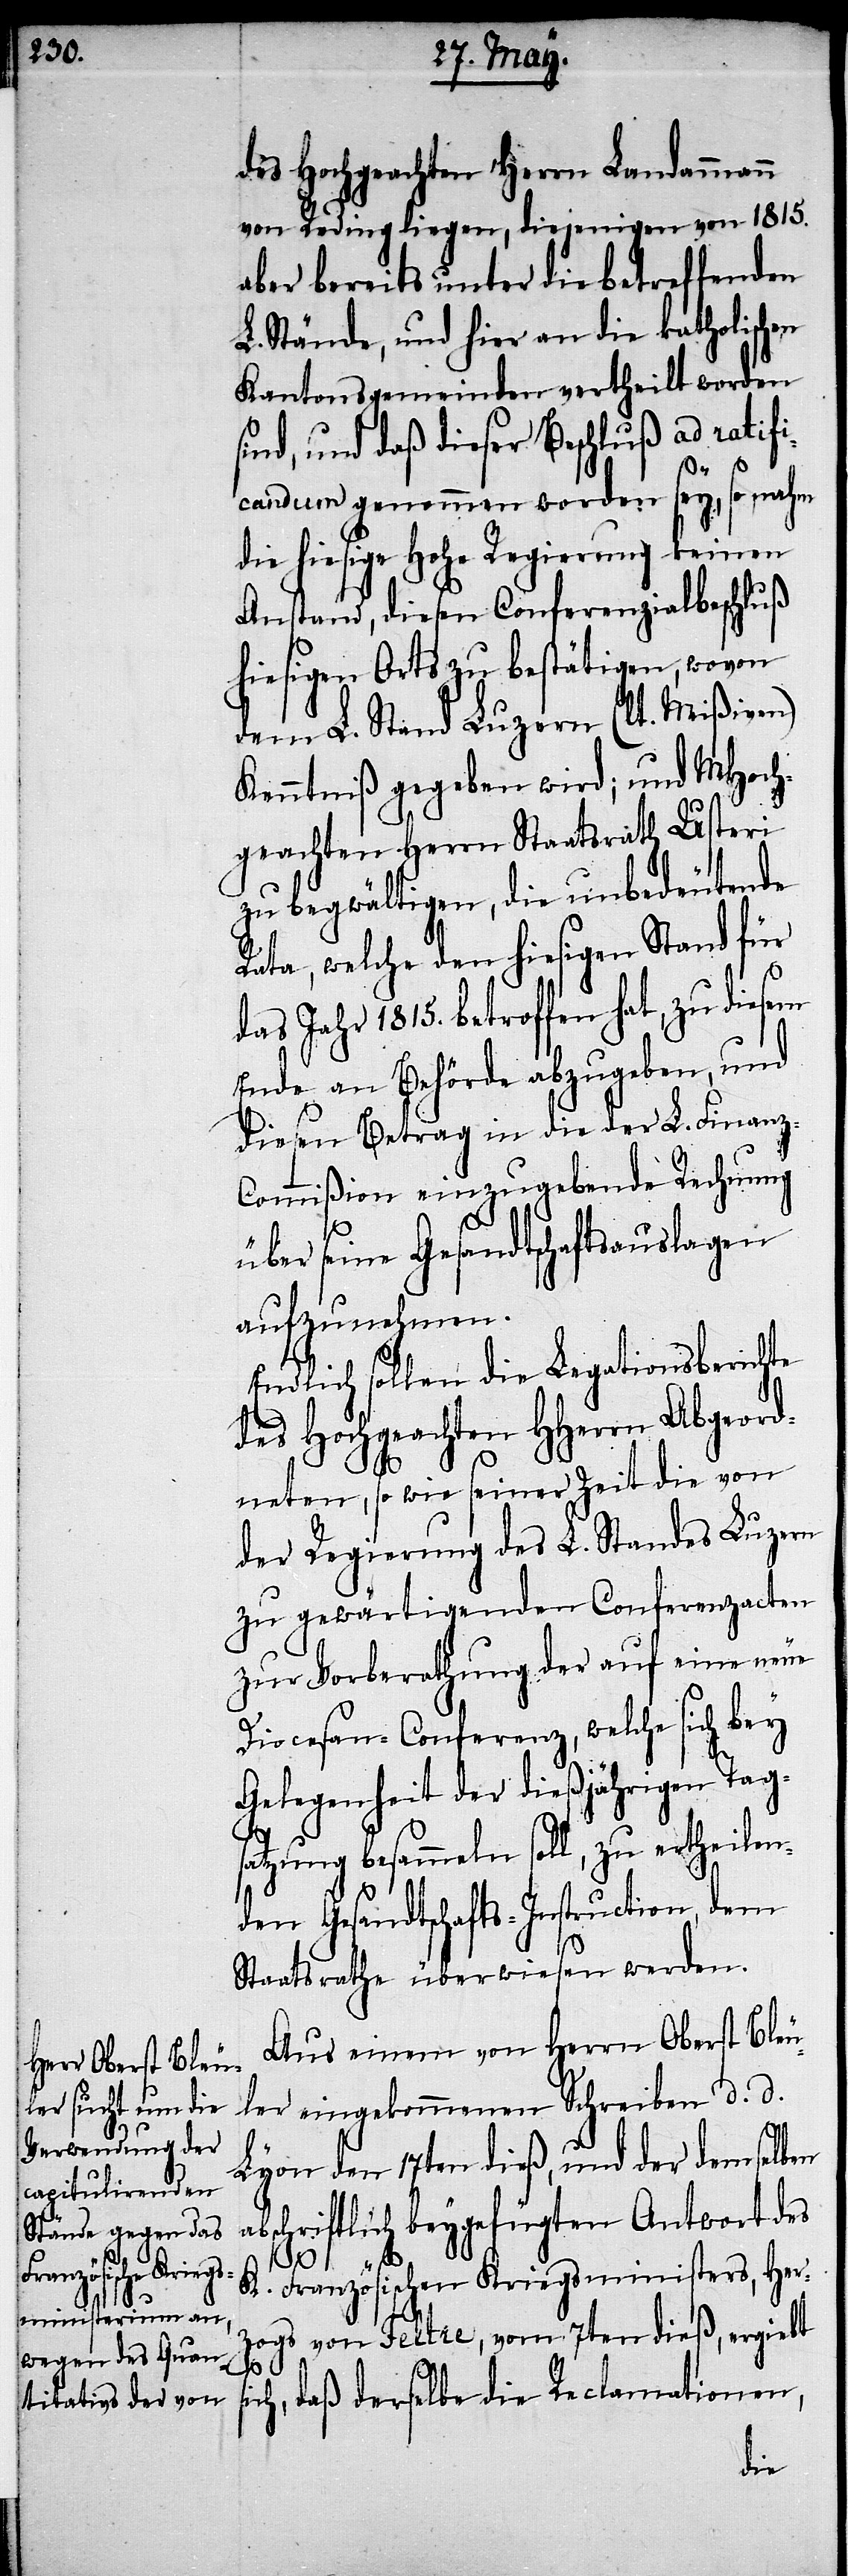
si¬

des Hochgeachten Herrn Landammann
von Reding liegen, diejenigen von 1815.
aber bereits unter die betreffenden
L. Stände, und hier an die katholischen
Kantonsgemeinden vertheilt worden
sind, und daß dieser Beschluß ad ratifi¬
candum genommen worden sey, so nahm
die hiesige Regierung keinen
Anstand, diesen Conferenzialbeschluß
hiesigen Orts zu bestätigen, wovon
dem L. Stand Luzern (lt. Mißiven)
Kenntniß gegeben wird; und MHoch¬
geachten Herrn Staatsrath Usteri
zu begwältigen, die unbedeutende
Rata, welche den hiesigen Stand für
das Jahr 1815. betroffen hat, zu diesem
Ende an Behörde abzugeben, und
diesen Betrag in die der L. Finanz¬
commißion einzugebende Rechnung
über seine Gesandtschaftsauslagen
aufzunehmen.
Endlich sollen die Legationsberichte
des Hochgeachten HHerrn Abgeord¬
neten, so wie seiner Zeit die von
der Regierung des L. Standes Luzern
zu gewärtigenden Conferenzacten
zur Vorberathung der auf eine neue
Diocesan-Conferenz, welche sich bey
Gelegenheit der dießjährigen Tag¬
satzung besammeln soll, zu ertheilen¬
den Gesandtschafts-Instruction, dem
Staatsrathe überwiesen werden.
Aus einem von Herrn Oberst Bleu¬
ler eingekommenen Schreiben d. d.
Lyon den 17ten dieß, und der demselben
abschriftlich beygefügten Antwort des
K. Französischen Kriegsministers, Her¬
zogs von Feltre, vom 7ten dieß ergibt
ch, daß derselbe die Reclamationen,